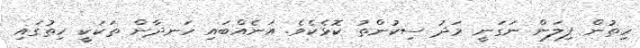
ހިތުން ފިލަން ނަގަނީ މަދު ސިކުންތު ކޮޅެކެވެ. އަނެއްބައި ހަނދާން ތަކަކީ ހިތުގައި